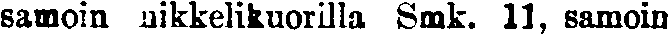
samoin nikkelikuorilla Smk. 11, samoin